Children and Young Persons (Scotland) Act, 1932. Care and training of juveniles, 1932
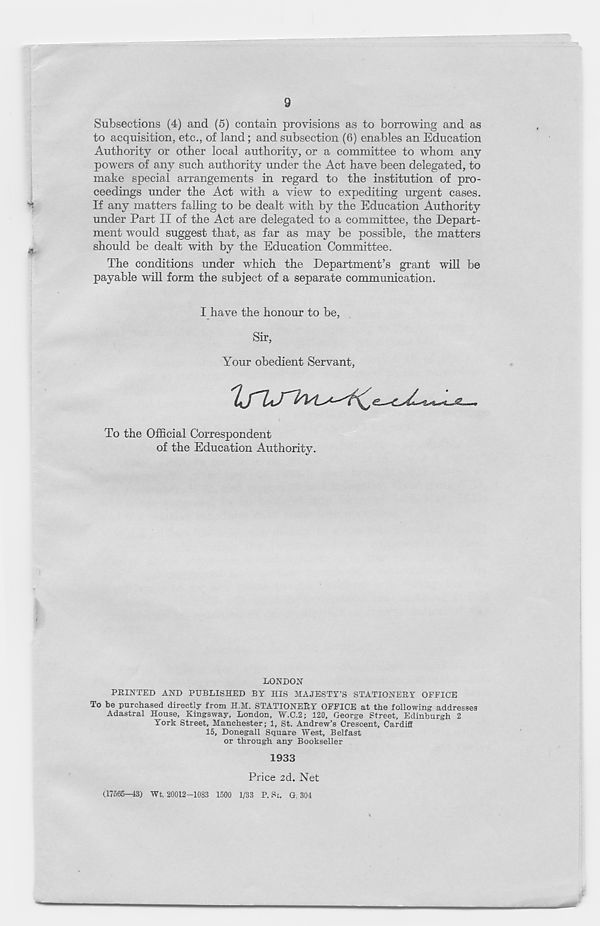
9
Subsections (4) and (5) contain provisions as to borrowing and as
to acquisition, etc., of land; and subsection (6) enables an Education
Authority or other local authority, or a committee to whom any
powers of any such authority under the Act have been delegated, to
make special arrangements in regard to the institution of pro-
ceedings under the Act with a view to expediting urgent cases.
~
If any matters falling to be dealt with by the Education Authority
under Part II of the Act are delegated to a committee, the Depart-
ment would suggest that, as far as may be possible, the matters
should be dealt with by the Education Committee.
The conditions under which the Department’s grant will be
payable will form the subject of a separate communication.
I have the honour to be,
Sir,
Your obedient Servant,
To the Official Correspondent
of the Education Authority.
LONDON
PRINTED AND PUBLISHED BY HIS MAJESTY’S STATIONERY OFFICE
To be purchased directly from H.M. STATIONERY OFFICE at the following addresses
Adastral House, Kingsway, London, W.C.2; 120, George Street, Edinburgh 2
York Street, Manchester; 1, St. Andrew’s Crescent, Cardiff
15, Donegall Square West, Belfast
or through any Bookseller
1933
Price 2d. Net
(17565—43) Wt, 20012-1083 1500 1/33 P. St. G. 304